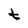
Character: t